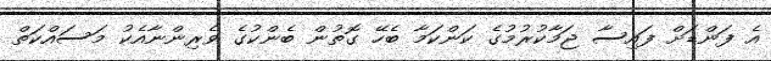
އެ ފަންޑަށް ފައިސާ ޖަމާކުރުމުގެ ކަންކަމާ ބެހޭ ގޮތުން ބެންކުގެ ވެރިންނާއެކު މަސައްކަތް